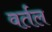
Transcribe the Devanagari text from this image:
वर्तल